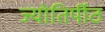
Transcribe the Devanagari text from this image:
ज्योतिर्पीठ